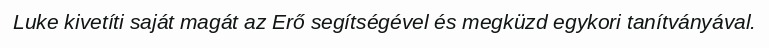
Luke kivetíti saját magát az Erő segítségével és megküzd egykori tanítványával.